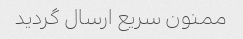
ممنون سریع ارسال گردید